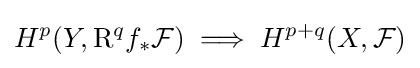
H^{p}(Y,{\rm {R}}^{q}f_{*}{\mathcal {F}})\implies H^{p+q}(X,{\mathcal {F}})